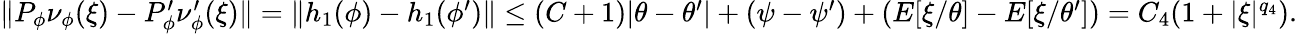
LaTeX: \begin{array}{r}{\| P_{\phi}\nu_{\phi}(\xi)-P_{\phi}^{\prime}\nu_{\phi}^{\prime}(\xi)\| =\| h_{1}(\phi)-h_{1}(\phi^{\prime})\| \le(C+1)|\theta-\theta^{\prime}|+(\psi-\psi^{\prime})+(E[\xi/\theta]-E[\xi/\theta^{\prime}])=C_{4}(1+|\xi|^{q_{4}}).}\end{array}